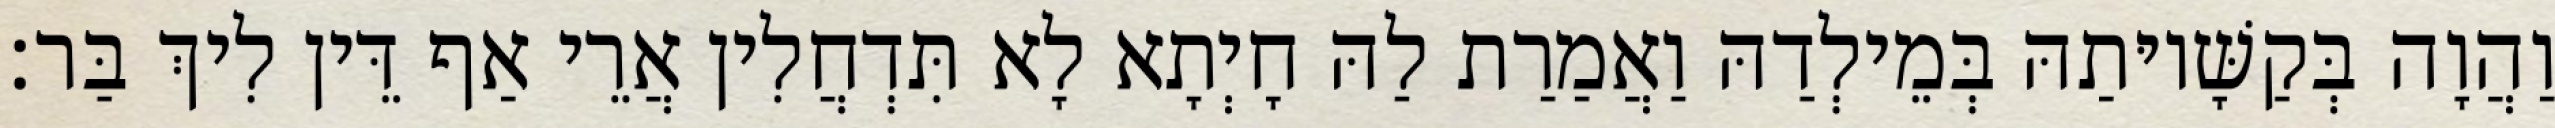
וַהֲוָה בְּקַשָּׁיוּתַהּ בְּמֵילְדַהּ וַאֲמַרַת לַהּ חָיְתָא לָא תִּדְחֲלִין אֲרֵי אַף דֵּין לִיךְ בַּר׃